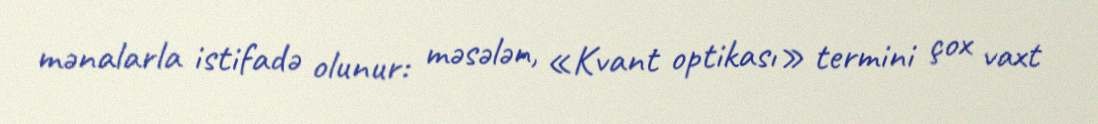
mənalarla istifadə olunur: məsələn, «Kvant optikası» termini çox vaxt